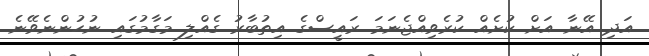
އަދި އޭނާ އަށް ކުށެއް ކުރެވިއްޖެނަމަ ރައީސްގެ އިތުބާރު ގެއްލި މަގާމުގައި ނުހުންނެވޭނެ